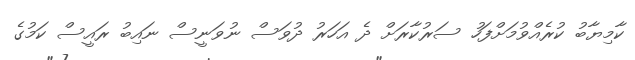
ކާމިޔާބު ކުރެއްވުމަށްފަހު ސަރުކާރަށް ދެ އަހަރު ދުވަސް ނުވަނީސް ނައިބު ރައީސް ކަމުގެ